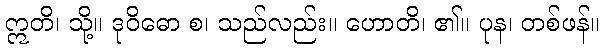
ဣတိ၊ သို့။ ဒုဝိဓော စ၊ သည်လည်း။ ဟောတိ၊ ၏။ ပုန၊ တစ်ဖန်။